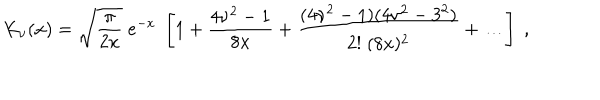
K _ { \nu } ( x ) = \sqrt { \frac { \pi } { 2 x } } \; e ^ { - x } \; \left[ 1 + { \frac { 4 \nu ^ { 2 } - 1 } { 8 x } } + { \frac { ( 4 \nu ^ { 2 } - 1 ) ( 4 \nu ^ { 2 } - 3 ^ { 2 } ) } { 2 ! \; ( 8 x ) ^ { 2 } } } + \dots \right] \; ,